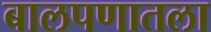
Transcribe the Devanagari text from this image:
बालपणातला